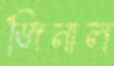
জিনাল